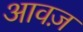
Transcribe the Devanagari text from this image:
आवज़